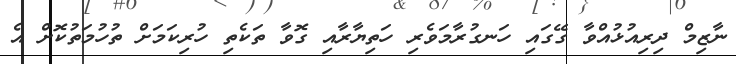
ނާޒިމް ދިރިއުޅުއްވާ ގޭގައި ހަނގުރާމަވެރި ހަތިޔާރާއި ގޮވާ ތަކެތި ހުރިކަމަށް ތުހުމަތުކޮށް އެ